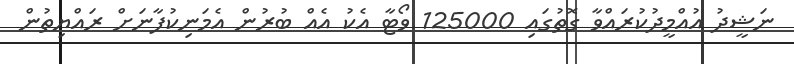
ނަޝީދު އުއްމީދުކުރައްވާ ގޮތުގައި 125000 ވޯޓާ އެކު އެއް ބުރުން އެމަނިކުފާނަށް ރައްޔިތުން